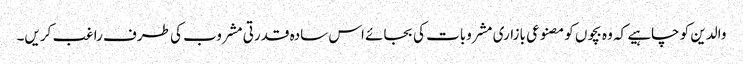
والدین کو چاہیے کہ وہ بچوں کو مصنوعی بازاری مشروبات کی بجائے اس سادہ قدرتی مشروب کی طرف راغب کریں۔